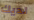
لديك